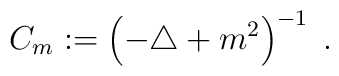
C_m := \left( -\triangle + m^2 \right)^{-1} \; .